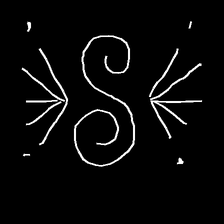
Glyph: aeroform